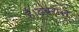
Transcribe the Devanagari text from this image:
है।डबराल